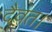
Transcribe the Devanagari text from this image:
दैवत।